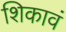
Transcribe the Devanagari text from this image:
शिकावं